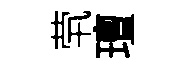
茕璮